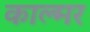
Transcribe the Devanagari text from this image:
काल्मर